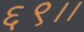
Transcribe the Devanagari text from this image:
६९।।